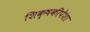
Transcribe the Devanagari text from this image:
शिक्षकीपेशा